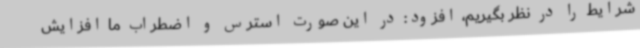
شرایط را در نظر بگیریم، افزود: در این صورت استرس و اضطراب ما افزایش